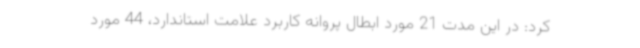
کرد: در این مدت 21 مورد ابطال پروانه کاربرد علامت استاندارد، 44 مورد